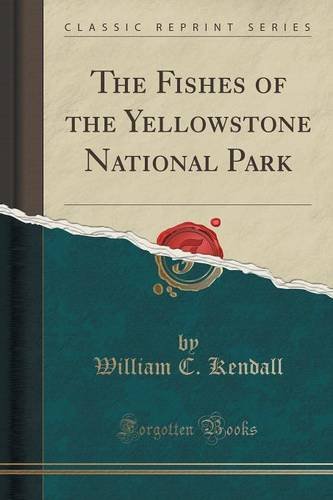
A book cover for The Fishes of the Yellowstone National Park (Classic Reprint); William C. Kendall; Sports & Outdoors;